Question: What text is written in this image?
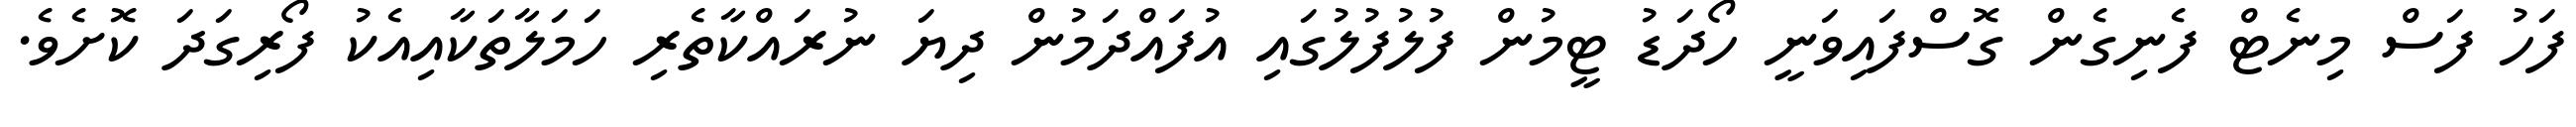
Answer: ފަހު ފަސް މިނެޓް ފެނިގެން ގޮސްފައިވަނީ ހޯދަޑު ޓީމުން ފުލުފުލުގައި އުފައްދަމުން ދިޔަ ނުރައްކާތެރި ހަމަލާތަކާއިއެކު ފޯރިގަދަ ކޮށެވެ.